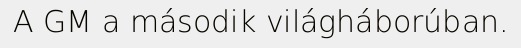
A GM a második világháborúban.